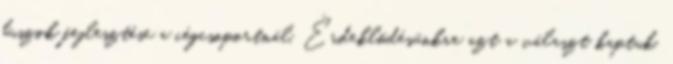
buszok fejlesztése a cégcsoportnál. Érdeklődésünkre azt a választ kaptuk,